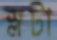
স্লটা